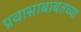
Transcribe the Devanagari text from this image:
प्रवासाबाबतच्या